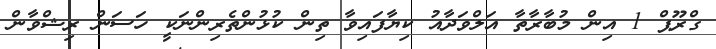
ގްރޫޕް 1 އިން މުބާރާތާ އަލްވަދާއު ކިޔާފައިވާ ތިން ކުޅުންތެރިންނަކީ ހަސަން ރިޝްވާން